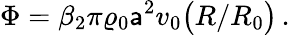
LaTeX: \Phi=\beta_{2}\pi\varrho_{0}{\sf a}^{2}v_{0}\bigl(R/R_{0}\bigr)\, .